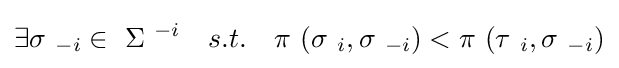
\exists \sigma \ _{-i}\in \ \Sigma \ ^{-i}\quad s.t.\quad \pi \ (\sigma \ _{i},\sigma \ _{-i})<\pi \ (\tau \ _{i},\sigma \ _{-i})